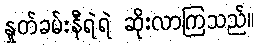
နှုတ်ခမ်းနီရဲရဲ ဆိုးလာကြသည်။